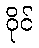
ဝိုင်